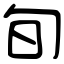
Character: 旬